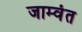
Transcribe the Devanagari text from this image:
जाम्वंत